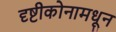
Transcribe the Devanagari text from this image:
दृष्टीकोनामधून